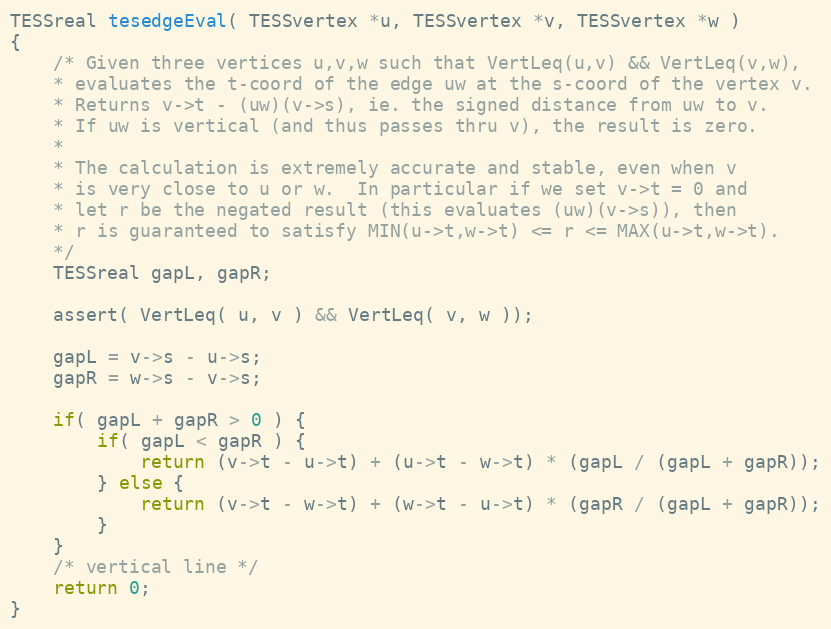
Language: C
TESSreal tesedgeEval( TESSvertex *u, TESSvertex *v, TESSvertex *w )
{
	/* Given three vertices u,v,w such that VertLeq(u,v) && VertLeq(v,w),
	* evaluates the t-coord of the edge uw at the s-coord of the vertex v.
	* Returns v->t - (uw)(v->s), ie. the signed distance from uw to v.
	* If uw is vertical (and thus passes thru v), the result is zero.
	*
	* The calculation is extremely accurate and stable, even when v
	* is very close to u or w.  In particular if we set v->t = 0 and
	* let r be the negated result (this evaluates (uw)(v->s)), then
	* r is guaranteed to satisfy MIN(u->t,w->t) <= r <= MAX(u->t,w->t).
	*/
	TESSreal gapL, gapR;

	assert( VertLeq( u, v ) && VertLeq( v, w ));

	gapL = v->s - u->s;
	gapR = w->s - v->s;

	if( gapL + gapR > 0 ) {
		if( gapL < gapR ) {
			return (v->t - u->t) + (u->t - w->t) * (gapL / (gapL + gapR));
		} else {
			return (v->t - w->t) + (w->t - u->t) * (gapR / (gapL + gapR));
		}
	}
	/* vertical line */
	return 0;
}